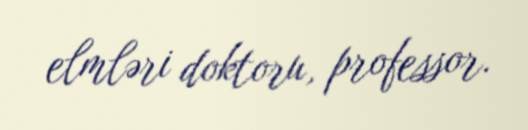
elmləri doktoru, professor.